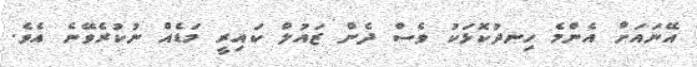
އޭނައަށް އެންމެ ހިނދުކޮޅަކު ވެސް ދެން ޒައުލް ކައިރީ މަޑެއް ނުކުރެވޭނެ އެވެ.